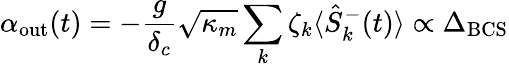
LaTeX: \alpha_{\mathrm{out}}(t)=-\frac{g}{\delta_{c}}\sqrt{\kappa_{m}}\sum_{k}\zeta_{k}\langle\hat{S}_{k}^{-}(t)\rangle\propto\Delta_{\mathrm{BCS}}